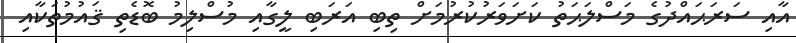
އާއި ސަރަޙައްދުގެ މަސްލަޙަތު ކަށަވަރުކުރުމަށް ތިބި އަރަބި ލީގާއި މުސްލިމު ބޮޑެތި ޤައުމުތަކާއި